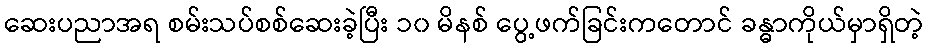
ဆေးပညာအရ စမ်းသပ်စစ်ဆေးခဲ့ပြီး ၁၀ မိနစ် ပွေ့ဖက်ခြင်းကတောင် ခန္ဓာကိုယ်မှာရှိတဲ့